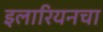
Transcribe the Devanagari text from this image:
इलारियनचा